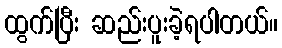
ထွက်ပြီး ဆည်းပူးခဲ့ရပါတယ်။